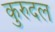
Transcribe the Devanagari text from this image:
कुरुदल